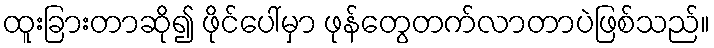
ထူးခြားတာဆို၍ ဖိုင်ပေါ်မှာ ဖုန်တွေတက်လာတာပဲဖြစ်သည်။